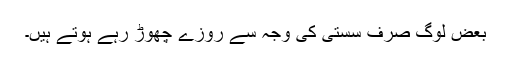
بعض لوگ صرف سستی کی وجہ سے روزے چھوڑ رہے ہوتے ہیں۔